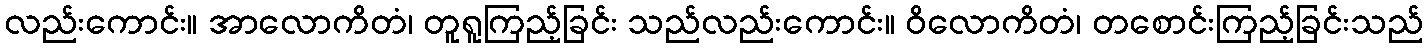
လည်းကောင်း။ အာလောကိတံ၊ တူရူကြည့်ခြင်း သည်လည်းကောင်း။ ဝိလောကိတံ၊ တစောင်းကြည့်ခြင်းသည်